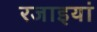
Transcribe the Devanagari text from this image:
रजाइयां